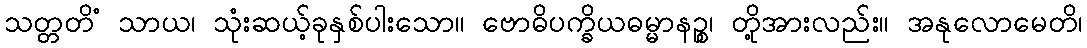
သတ္တတိံ သာယ၊ သုံးဆယ့်ခုနှစ်ပါးသော။ ဗောဓိပက္ခိယဓမ္မာနဉ္စ၊ တို့အားလည်း။ အနုလောမေတိ၊